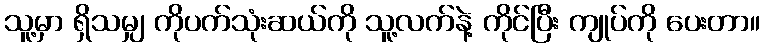
သူ့မှာ ရှိသမျှ ကိုပက်သုံးဆယ်ကို သူ့လက်နဲ့ ကိုင်ပြီး ကျုပ်ကို ပေးတာ။